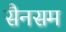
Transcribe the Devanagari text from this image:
सैनसम